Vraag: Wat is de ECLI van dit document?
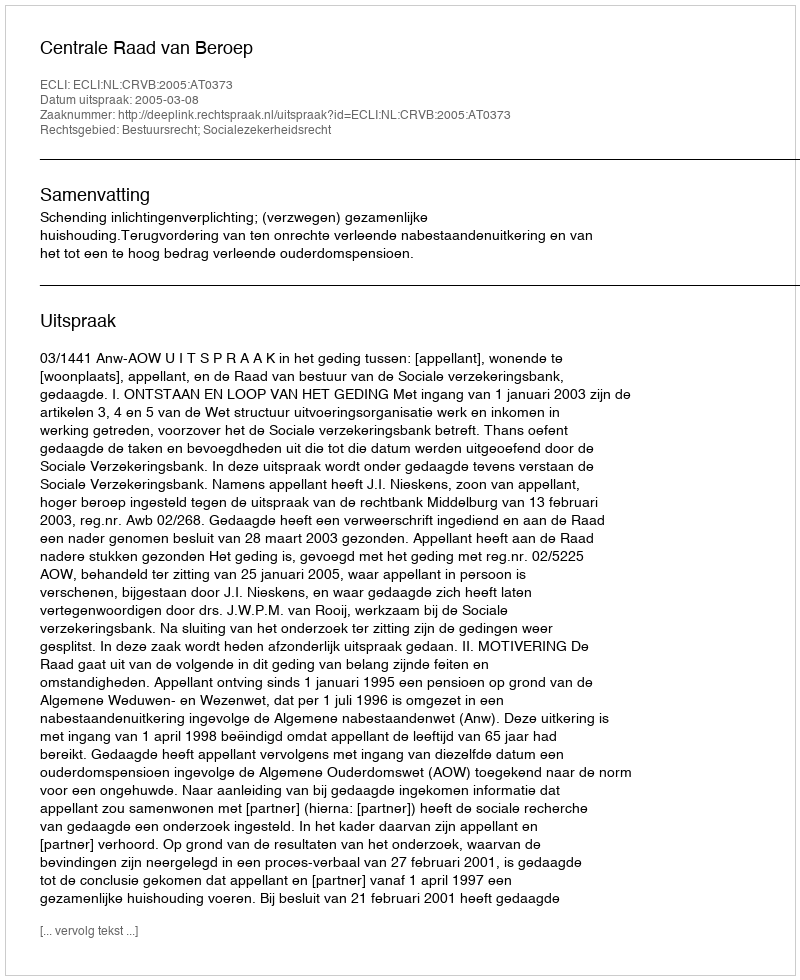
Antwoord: ECLI:NL:CRVB:2005:AT0373